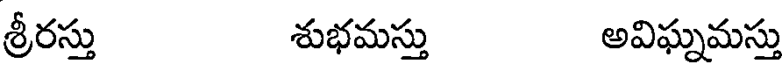
శ్రీరస్తు శుభమస్తు అవిఘ్నమస్తు